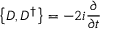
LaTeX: \left\{ D , D ^ { \dagger } \right\} = - 2 i { \frac { \partial } { \partial t } }